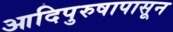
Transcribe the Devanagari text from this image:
आदिपुरुषापासून